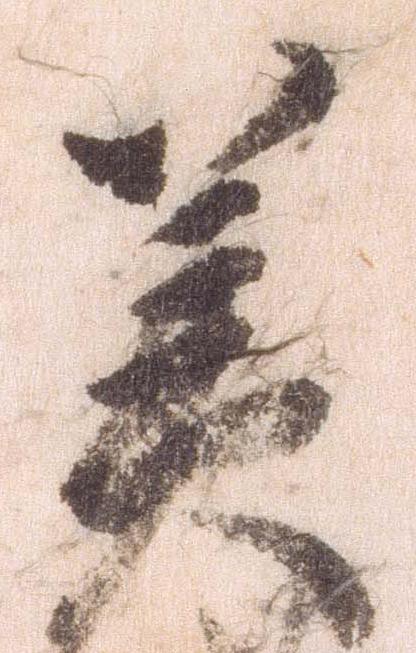
美